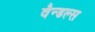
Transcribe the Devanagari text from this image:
वैन्डल्स